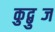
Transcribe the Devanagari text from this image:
कुद्बुब्ज